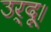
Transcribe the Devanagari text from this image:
उर्दू।